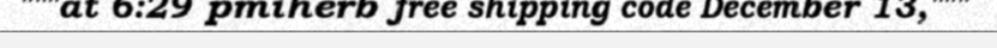
"""at 6:29 pmiherb free shipping code December 13,"""